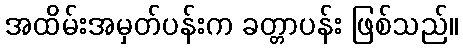
အထိမ်းအမှတ်ပန်းက ခတ္တာပန်း ဖြစ်သည်။